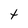
Character: t